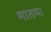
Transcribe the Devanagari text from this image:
मातम।